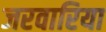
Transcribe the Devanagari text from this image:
जरवारिया